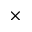
\times